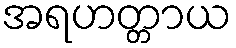
အရဟတ္တာယ